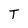
Character: T